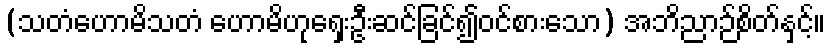
(သတံဟောမိသတံ ဟောမိဟုရှေးဦးဆင်ခြင်၍ဝင်စားသော) အဘိညာဉ်စိတ်နှင့်။